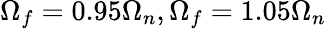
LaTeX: \Omega_{f}=0.95\Omega_{n},\Omega_{f}=1.05\Omega_{n}